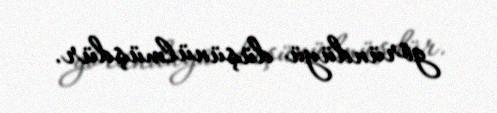
göründüyü düşünülmüşdür.